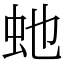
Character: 虵